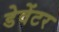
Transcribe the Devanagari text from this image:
डेवेंटर